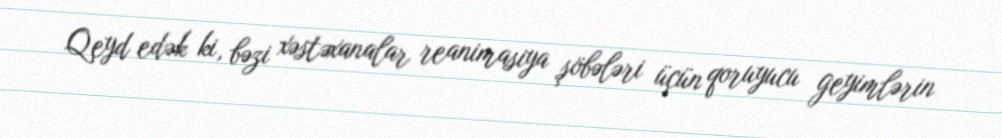
Qeyd edək ki, bəzi xəstəxanalar reanimasiya şöbələri üçün qoruyucu geyimlərin